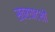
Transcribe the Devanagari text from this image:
स्वरघाटशी